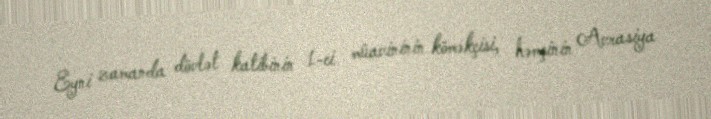
Eyni zamanda dövlət katibinin 1-ci müavininin köməkçisi, həmçinin Avrasiya